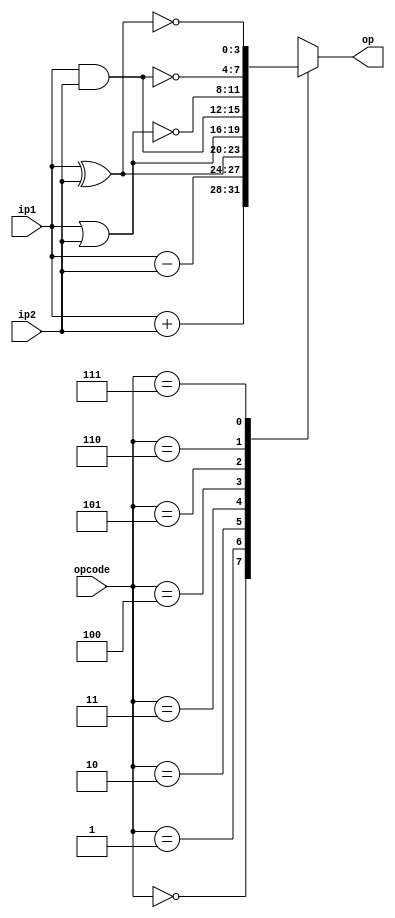
`ifndef ALU
`define ALU
 module alu(input [3:0] ip1,input [3:0] ip2,output reg  [3:0] op,input[2:0] opcode);
   always @(opcode) begin
			case (opcode)
				3'b000 : op = ip1+ip2;
				3'b001 : op = ip1-ip2;
				3'b010 : op = ip1^ip2;
				3'b011 : op = ip1|ip2;
				3'b100 : op = ip1&ip2;
				3'b101 : op = ~(ip1|ip2);
				3'b110 : op = ~(ip1&ip2);
				3'b111 : op = ~(ip1^ip2);
			endcase
		end
   
 endmodule
 `endif